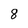
Character: 8